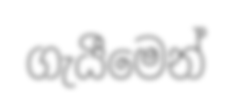
ගැයීමෙන්